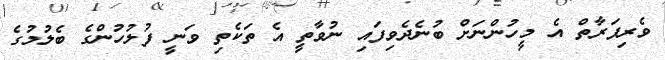
ވެރިފަރާތް އެ މީހުންނަށް ބުނެދެވިފައި ނުވާތީ އެ ތަކެތި ވަނީ ފުލުހުންގެ ބެލުމުގެ